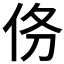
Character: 𬽺